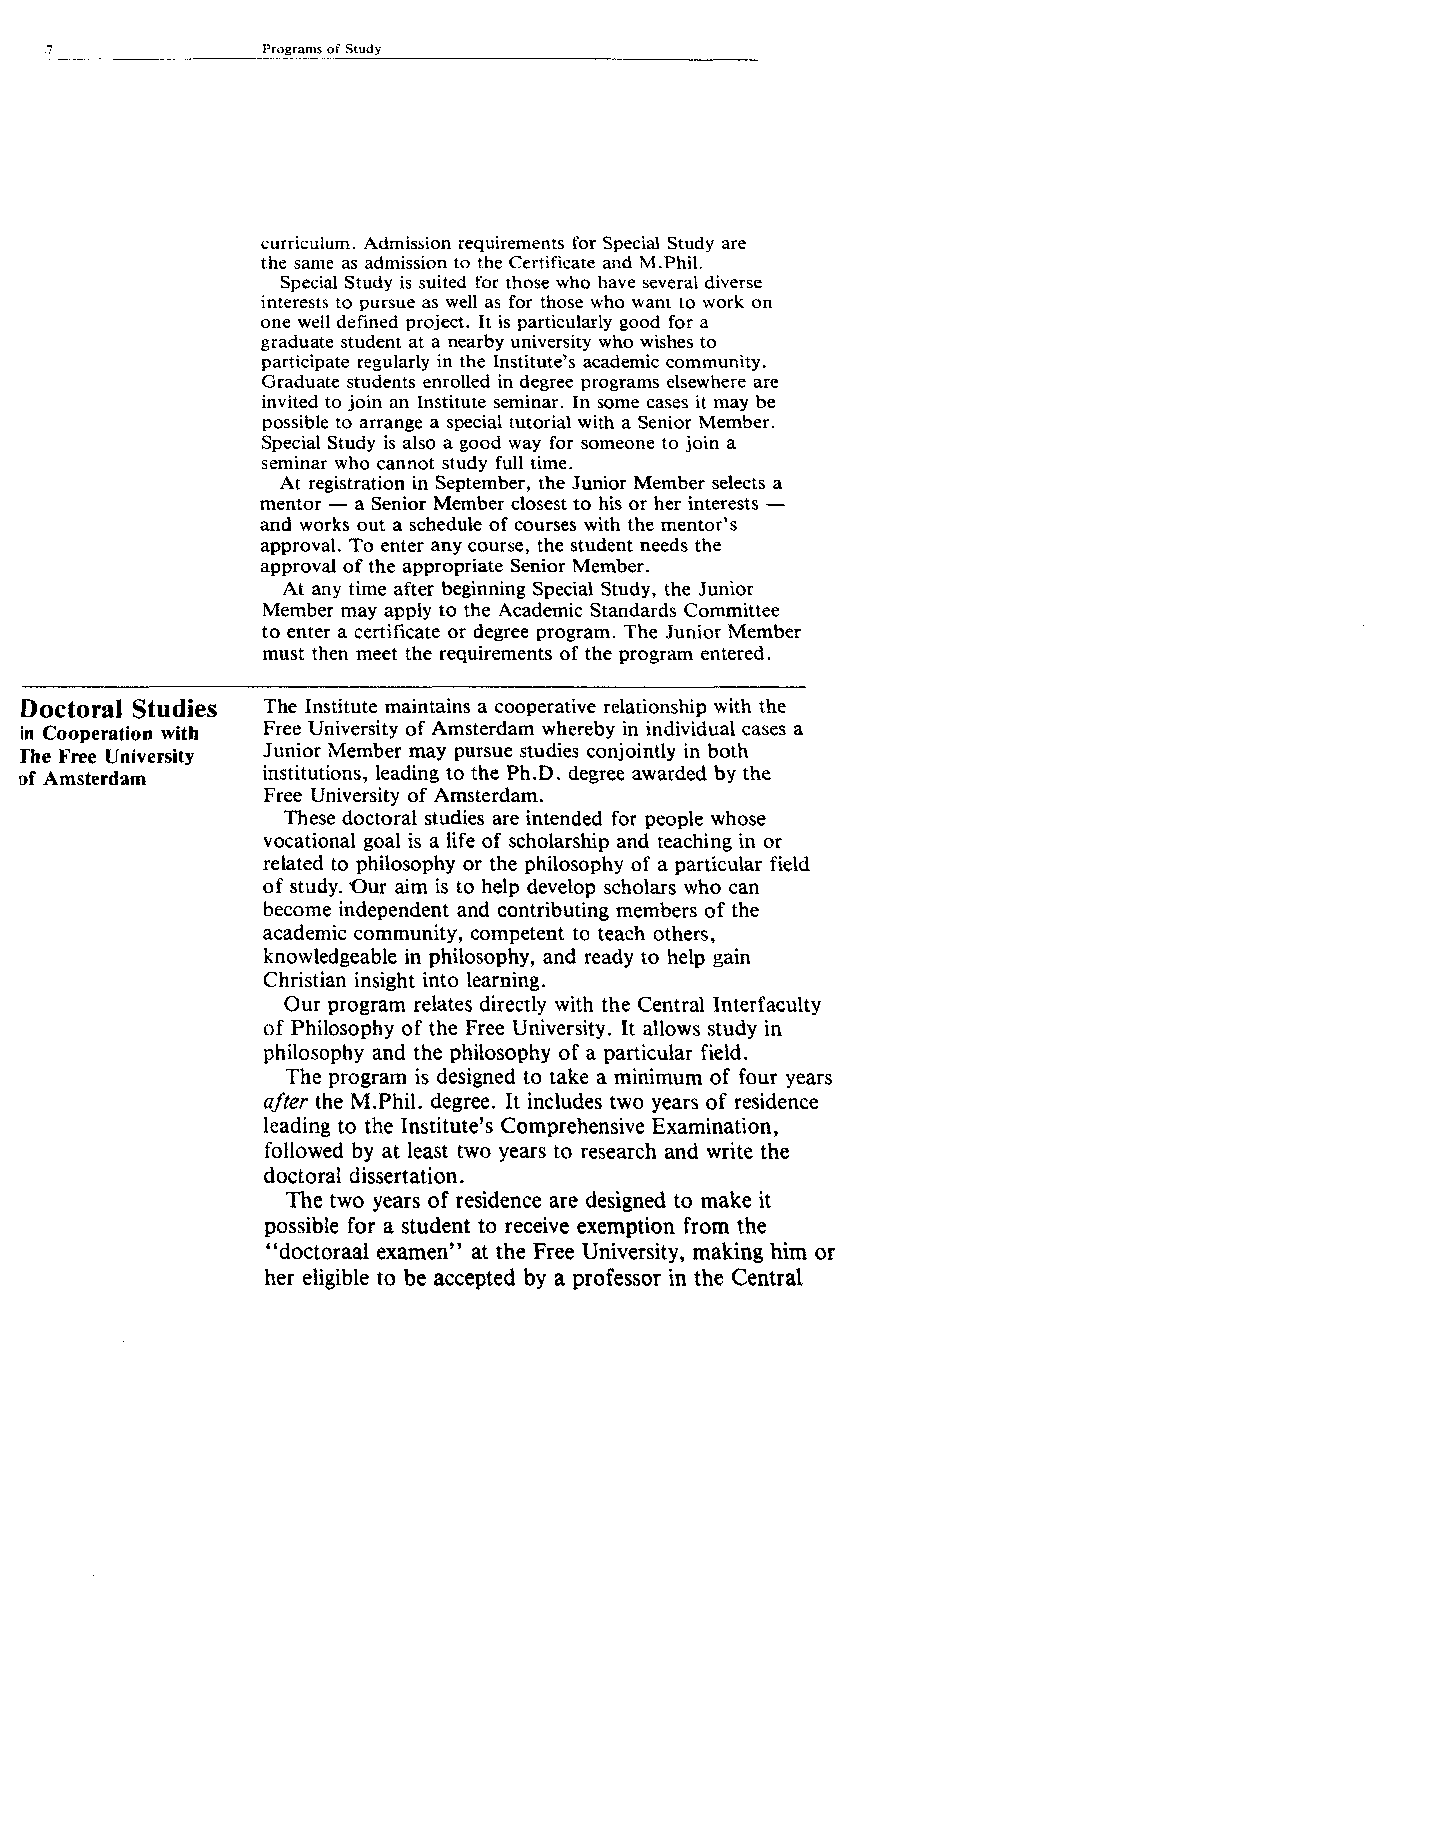
.7            Programs of Study
 curriculum. Admission requirements for Special Study are
 the same as admission to the Certificate and M.Phil.
 Special Study is suited for those who have several diverse
 interests to pursue as well as for those who want to work on
 one well defined project. It is particularly good for a
 graduate student at a nearby university who wishes to
 participate regularly in the Institute’s academic community.
 Graduate students enrolled in degree programs elsewhere are
 invited to join an Institute seminar. In some cases it may be
 possible to arrange a special tutorial with a Senior Member.
 Special Study is also a good way for someone to join a
 seminar who cannot study full time.
 At registration in September, the Junior Member selects a
 mentor — a Senior Member closest to his or her interests —
 and works out a schedule of courses with the mentor’s
 approval. To enter any course, the student needs the
 approval of the appropriate Senior Member.
 At any time after beginning Special Study, the Junior
 Member may apply to the Academic Standards Committee
 to enter a certificate or degree program. The Junior Member
 must then meet the requirements of the program entered.
 Doctoral Studies The Institute maintains a cooperative relationship with the
 in Cooperation with Free University of Amsterdam whereby in individual cases a
 The Free University Junior Member may pursue studies conjointly in both
 of Amsterdam    institutions, leading to the Ph.D. degree awarded by the
 Free University of Amsterdam.
 These doctoral studies are intended for people whose
 vocational goal is a life of scholarship and teaching in or
 related to philosophy or the philosophy of a particular field
 of study. Our aim is to help develop scholars who can
 become independent and contributing members of the
 academic community, competent to teach others,
 knowledgeable in philosophy, and ready to help gain
 Christian insight into learning.
 Our program relates directly with the Central Interfaculty
 of Philosophy of the Free University. It allows study in
 philosophy and the philosophy of a particular field.
 The program is designed to take a minimum of four years
 after the M.Phil. degree. It includes two years of residence
 leading to the Institute’s Comprehensive Examination,
 followed by at least two years to research and write the
 doctoral dissertation.
 The two years of residence are designed to make it
 possible for a student to receive exemption from the
 “doctoraal examen” at the Free University, making him or
 her eligible to be accepted by a professor in the Central